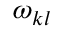
\omega _ { k l }